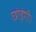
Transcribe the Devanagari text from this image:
छोड़ेगी।